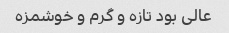
عالی بود تازه و گرم و خوشمزه